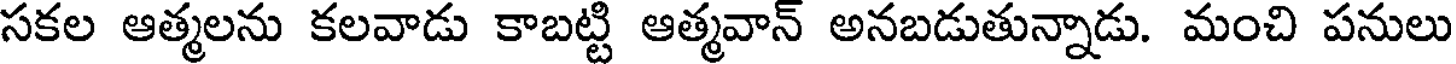
సకల ఆత్మలను కలవాడు కాబట్టి ఆత్మవాన్ అనబడుతున్నాడు. మంచి పనులు